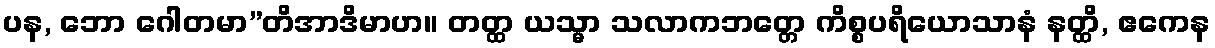
ပန, ဘော ဂေါတမာ”တိအာဒိမာဟ။ တတ္ထ ယသ္မာ သလာကဘတ္တေ ကိစ္စပရိယောသာနံ နတ္ထိ, ဧကေန